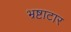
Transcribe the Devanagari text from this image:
भ्रष्टाटार